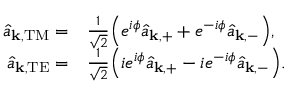
\begin{array} { r l } { \hat { a } _ { \mathbf { k } , \mathrm { T M } } = } & { { } \frac { 1 } { \sqrt { 2 } } \Big ( e ^ { i \phi } \hat { a } _ { \mathbf { k } , + } + e ^ { - i \phi } \hat { a } _ { \mathbf { k } , - } \Big ) , } \\ { \hat { a } _ { \mathbf { k } , \mathrm { T E } } = } & { { } \frac { 1 } { \sqrt { 2 } } \Big ( i e ^ { i \phi } \hat { a } _ { \mathbf { k } , + } - i e ^ { - i \phi } \hat { a } _ { \mathbf { k } , - } \Big ) . } \end{array}